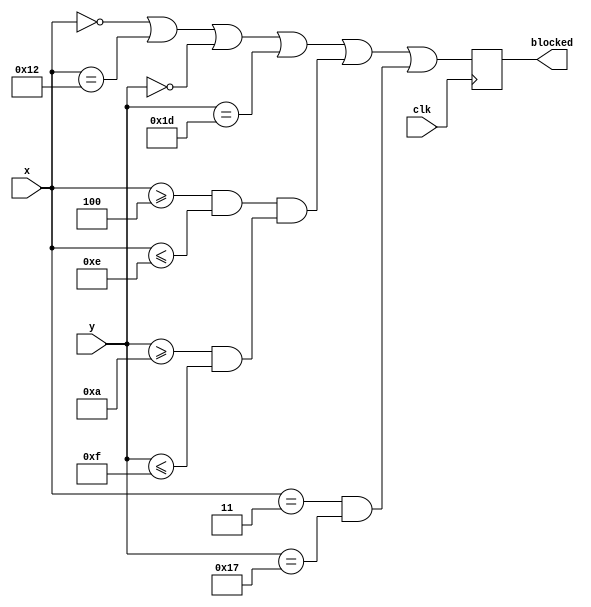
`timescale 1ns / 1ps
//////////////////////////////////////////////////////////////////////////////////
// Company: 
// Engineer: 
// 
// Design Name: 
// Module Name: location_blocked
// Project Name: 
// Target Devices: 
// Tool Versions: 
// Description: 
// 
// Dependencies: 
// 
// Revision:
// Revision 0.01 - File Created
// Additional Comments:
// 
//////////////////////////////////////////////////////////////////////////////////


module location_blocked(
    input clk,
    input [6:0] x,
    input [5:0] y,
    output reg blocked
    );
    
    always @(posedge clk) blocked <= x==0 | x==18 | y==0 | y==29 | ((x>=4 &x<=14) & (y>=10 &y<=15)) | (x==3 & y==23);
endmodule